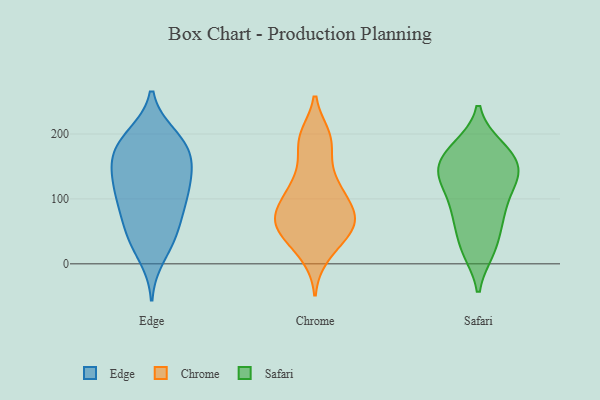
{"axis": {"x": "Revenue (USD Million)", "y": "Value"}, "legend": ["Chrome", "Edge", "Safari"], "data": [{"x": "", "y": 95, "type": "Edge"}, {"x": "", "y": 36, "type": "Edge"}, {"x": "", "y": 119, "type": "Edge"}, {"x": "", "y": 155, "type": "Edge"}, {"x": "", "y": 198, "type": "Edge"}, {"x": "", "y": 181, "type": "Edge"}, {"x": "", "y": 163, "type": "Edge"}, {"x": "", "y": 196, "type": "Edge"}, {"x": "", "y": 120, "type": "Edge"}, {"x": "", "y": 62, "type": "Edge"}, {"x": "", "y": 93, "type": "Edge"}, {"x": "", "y": 192, "type": "Edge"}, {"x": "", "y": 118, "type": "Edge"}, {"x": "", "y": 154, "type": "Edge"}, {"x": "", "y": 37, "type": "Edge"}, {"x": "", "y": 11, "type": "Edge"}, {"x": "", "y": 54, "type": "Edge"}, {"x": "", "y": 89, "type": "Edge"}, {"x": "", "y": 140, "type": "Edge"}, {"x": "", "y": 169, "type": "Edge"}, {"x": "", "y": 195, "type": "Chrome"}, {"x": "", "y": 97, "type": "Chrome"}, {"x": "", "y": 70, "type": "Chrome"}, {"x": "", "y": 72, "type": "Chrome"}, {"x": "", "y": 25, "type": "Chrome"}, {"x": "", "y": 12, "type": "Chrome"}, {"x": "", "y": 84, "type": "Chrome"}, {"x": "", "y": 119, "type": "Chrome"}, {"x": "", "y": 125, "type": "Chrome"}, {"x": "", "y": 62, "type": "Chrome"}, {"x": "", "y": 192, "type": "Chrome"}, {"x": "", "y": 197, "type": "Chrome"}, {"x": "", "y": 47, "type": "Chrome"}, {"x": "", "y": 54, "type": "Chrome"}, {"x": "", "y": 168, "type": "Chrome"}, {"x": "", "y": 90, "type": "Chrome"}, {"x": "", "y": 126, "type": "Chrome"}, {"x": "", "y": 64, "type": "Chrome"}, {"x": "", "y": 49, "type": "Chrome"}, {"x": "", "y": 171, "type": "Safari"}, {"x": "", "y": 73, "type": "Safari"}, {"x": "", "y": 72, "type": "Safari"}, {"x": "", "y": 25, "type": "Safari"}, {"x": "", "y": 171, "type": "Safari"}, {"x": "", "y": 23, "type": "Safari"}, {"x": "", "y": 131, "type": "Safari"}, {"x": "", "y": 126, "type": "Safari"}, {"x": "", "y": 76, "type": "Safari"}, {"x": "", "y": 179, "type": "Safari"}, {"x": "", "y": 139, "type": "Safari"}, {"x": "", "y": 155, "type": "Safari"}, {"x": "", "y": 177, "type": "Safari"}, {"x": "", "y": 143, "type": "Safari"}, {"x": "", "y": 132, "type": "Safari"}, {"x": "", "y": 82, "type": "Safari"}, {"x": "", "y": 122, "type": "Safari"}, {"x": "", "y": 21, "type": "Safari"}]}